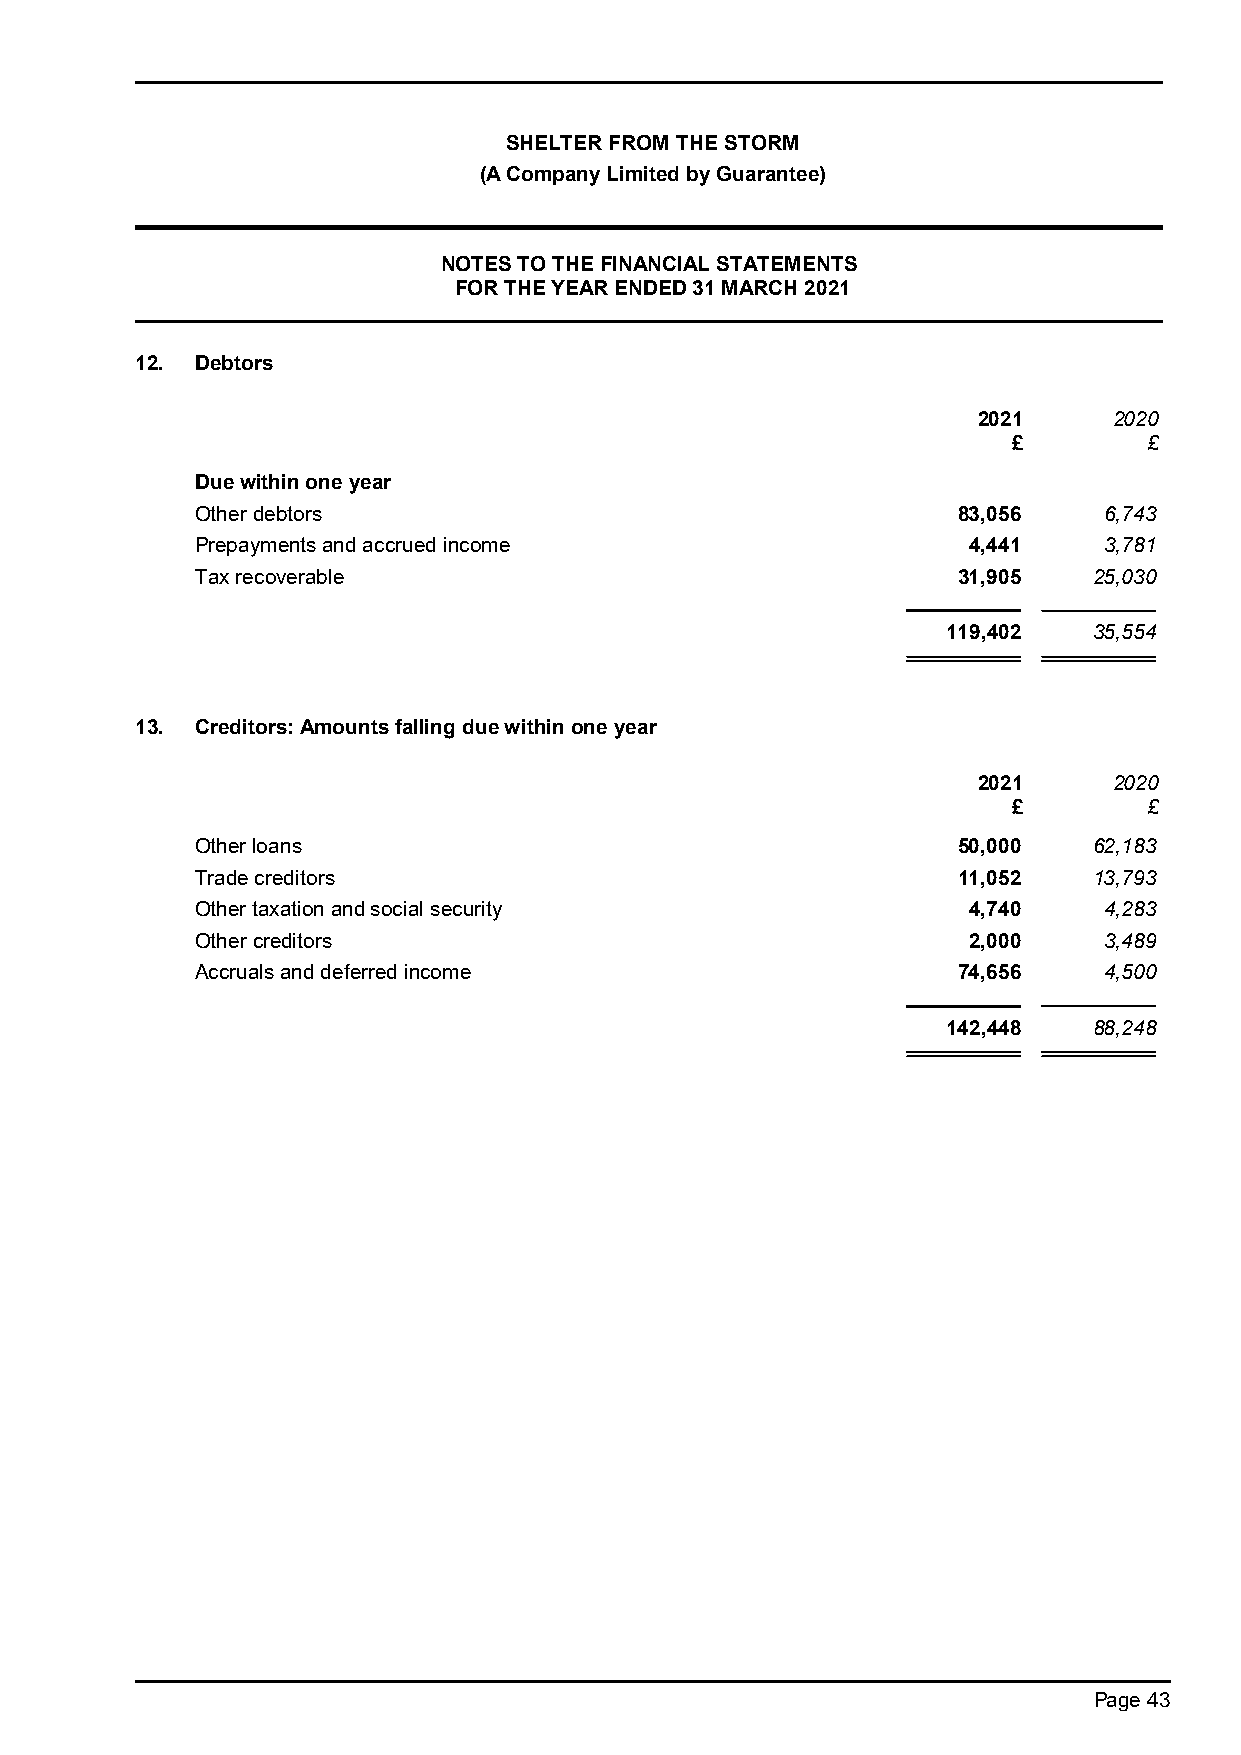
SHELTER FROM THE STORM
 (A Company Limited by Guarantee)
 NOTES TO THE FINANCIAL STATEMENTS
 FOR THE YEAR ENDED 31 MARCH 2021
 12. Debtors
 2021     2020
 £        £
 Due within one year
 Other debtors                                     83,056    6,743
 Prepayments and accrued income                     4,441    3,781
 Tax recoverable                                   31,905   25,030
 119,402  35,554
 13. Creditors: Amounts falling due within one year
 2021     2020
 £        £
 Other loans                                       50,000   62,183
 Trade creditors                                   11,052   13,793
 Other taxation and social security                 4,740    4,283
 Other creditors                                    2,000    3,489
 Accruals and deferred income                      74,656    4,500
 142,448  88,248
 Page 43